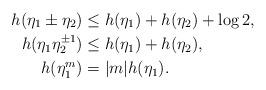
LaTeX: \begin{align*} h(\eta_1 \pm \eta_2) &\leq h(\eta_1)+ h(\eta_2) +\log2,\\h(\eta_1\eta_2^{\pm 1}) &\leq h(\eta_1) + h(\eta_2),\\h(\eta_1^m)&=|m|h(\eta_1).\end{align*}